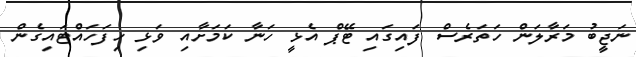
ނަޖީބު މަރާލަން ހަތަރެސް ފައިގައި ޓޭޕް އެޅީ ހަނާ ކަމަށާއި ވަޅި ހިފަހައްޓައިގެން